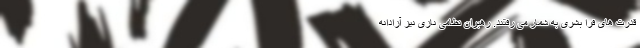
قدرت های فرا بشری به شمار می رفتند. رهبران نظامی نازی نیز آزادانه